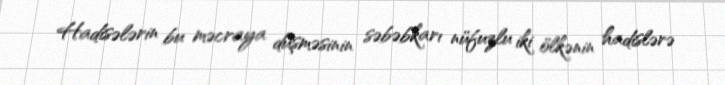
Hadisələrin bu məcraya düşməsinin səbəbkarı nüfuzlu iki ölkənin hadislərə